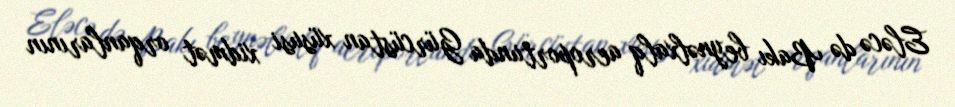
Eləcə də Bakı beynəlxalq aeroportunda Gürcüstan xüsusi xidmət orqanlarının